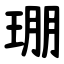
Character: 㻚